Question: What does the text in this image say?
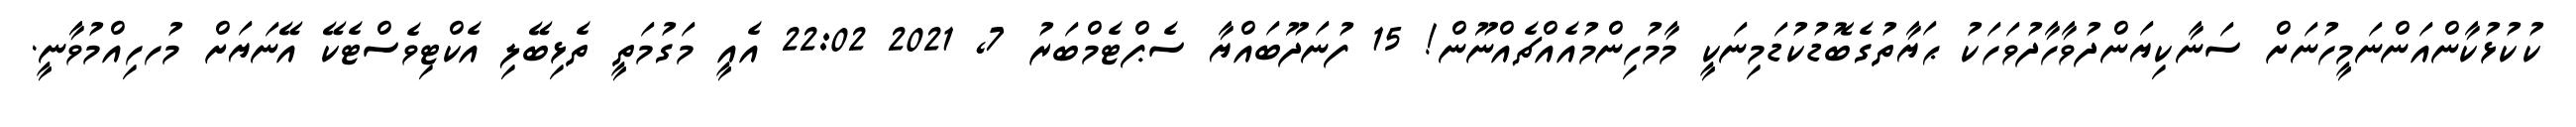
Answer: ކުކުޅުކާންއަންނަމީހުނަށް ސަނާކިޔަންދުވާހާދުވަހަކު ޙަޔާތުގެބޮޑުކުޑަމިނަކީ މާމުހިންމުއެއްޗެއްނޫން! 15 ފުނަދޫބައްޔާ ސެޕްޓެމްބަރު 7, 2021 22:02 އެއީ މަގުމަތީ ތެޅިބޭލި އެކްޓިވެސްޓެކޭ އޭނަޔަށް މުހހިއްމުވާނީ.